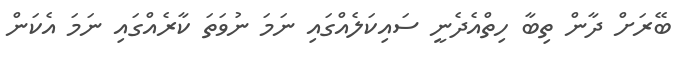
ބޭރަށް ދާން ތިބާ ހިތްއެދެނީ ސައިކަލެއްގައި ނަމަ ނުވަތަ ކާރެއްގައި ނަމަ އެކަން